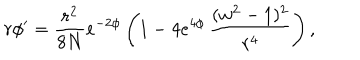
r \phi ^ { \prime } = \frac { r ^ { 2 } } { 8 N } e ^ { - 2 \phi } \left( 1 - 4 e ^ { 4 \phi } \, \frac { ( w ^ { 2 } - 1 ) ^ { 2 } } { r ^ { 4 } } \right) ,